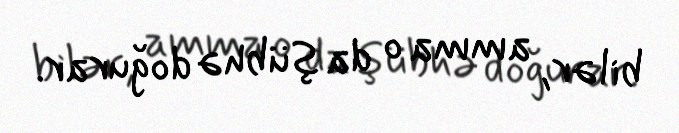
bilər, amma o da şübhə doğurar.